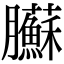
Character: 𦣑